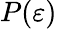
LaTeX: P(\varepsilon)